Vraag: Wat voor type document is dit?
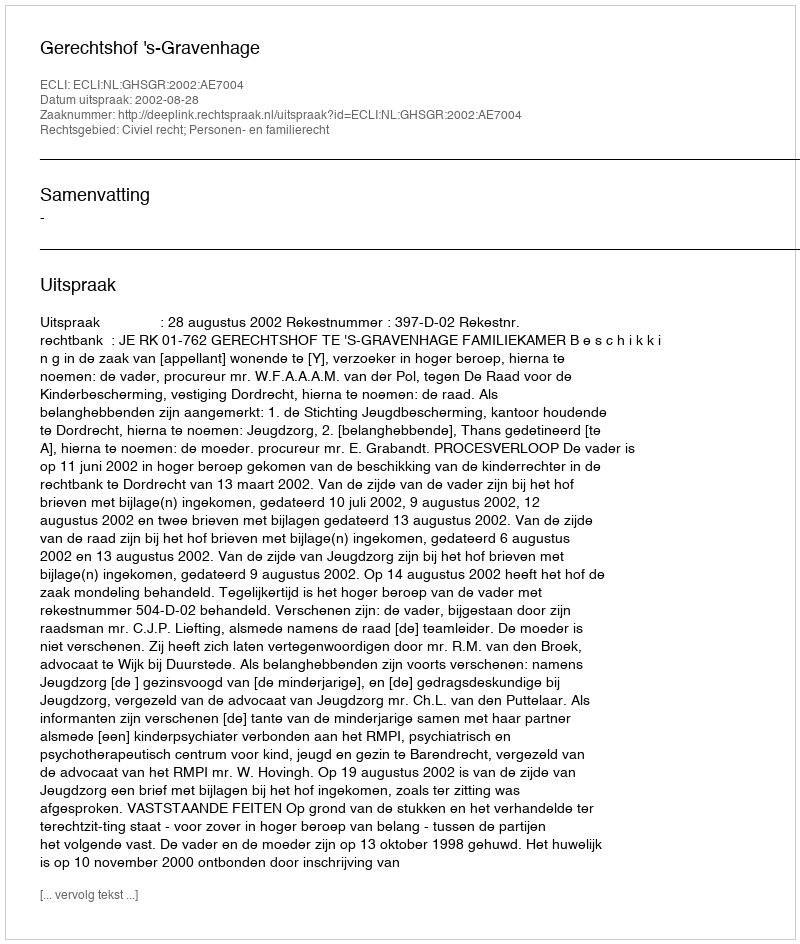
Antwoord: Uitspraak